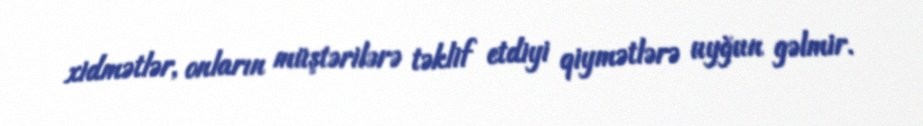
xidmətlər, onların müştərilərə təklif etdiyi qiymətlərə uyğun gəlmir.